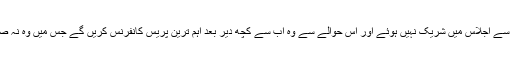
ذرائع کے مطابق فاروق ستار رابطہ کمیٹی سے ناراض ہونے کی وجہ سے اجلاس میں شریک نہیں ہوئے اور اس حوالے سے وہ اب سے کچھ دیر بعد اہم ترین پریس کانفرنس کریں گے جس میں وہ نہ صرف اپنے تحفظات کا اظہار کریں گے بلکہ اہم اعلانات بھی کریں گے۔